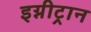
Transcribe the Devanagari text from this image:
इग्नीट्रान